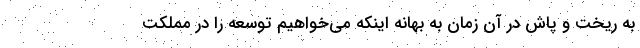
به ریخت و پاش در آن زمان به بهانه اینکه می‌خواهیم توسعه را در مملکت